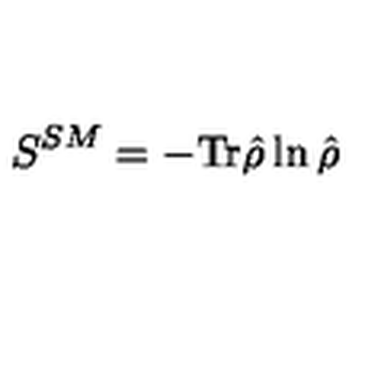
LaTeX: S ^ { S M } = - \mathrm { T r } \hat { \rho } \ln \hat { \rho }